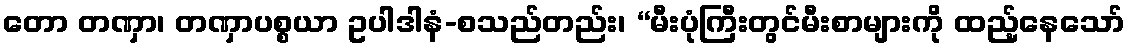
တော တဏှာ၊ တဏှာပစ္စယာ ဥပါဒါနံ-စသည်တည်း၊ “မီးပုံကြီးတွင်မီးစာများကို ထည့်နေသော်